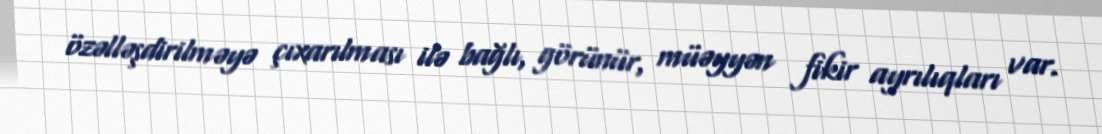
özəlləşdirilməyə çıxarılması ilə bağlı, görünür, müəyyən fikir ayrılıqları var.